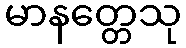
မာနတ္တေသု